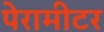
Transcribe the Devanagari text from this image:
पेरामीटर